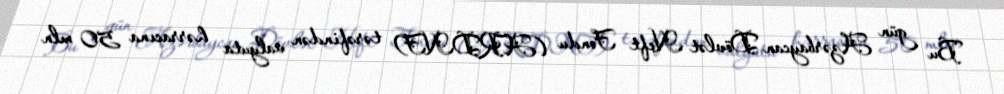
Bu gün Azərbaycan Dövlət Neft Fondu (ARDNF) tərəfindən valyuta hərracına 50 mln